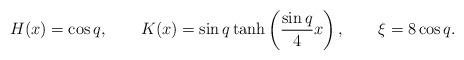
LaTeX: \begin{align*}H(x)=\cos q,\qquad K(x)=\sin q \tanh\left(\frac{\sin q}{4}x\right),\qquad \xi=8\cos q.\end{align*}